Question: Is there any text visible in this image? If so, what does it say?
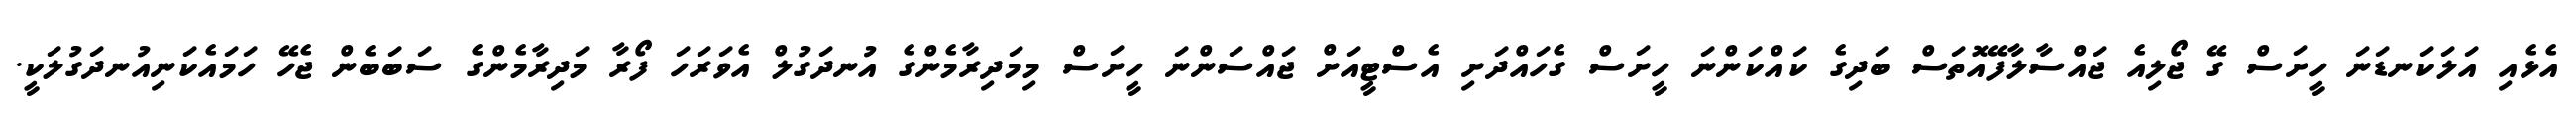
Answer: އެޅެއި އަލަކަނޑަނަ ހީށަސް ގޭ ޖޯލިއެ ޖައްސާލާފޭއޮތަސް ބަދިގެ ކައްކަންނަ ހީށަސް ގެހައްދަށި އެސްޓީއަށް ޖައްސަންނަ ހީށަސް މިމަދިރާމެންގެ އުނދަގުލް އެވަރަހަ ފޯރާ މަދިރާމެންގެ ސަބަބެން ޖެހޭ ހަމައެކަނިއުނދަގުލަކީ.